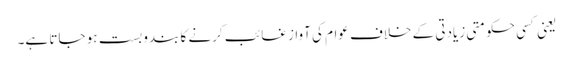
یعنی کسی حکومتی زیادتی کے خلاف عوام کی آواز غائب کرنے کا بندوبست ہو جاتا ہے۔